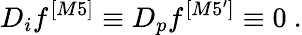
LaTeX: D_{i}f^{[M5]}\equiv D_{p}f^{[M5^{\prime}]}\equiv 0~.